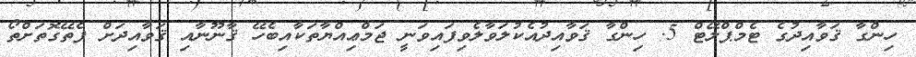
ހިންގާ ޤަވާއިދުގެ ޓެމްޕްލޭޓް 5. ހިންގާ ޤަވާއިދުއެކުލަވާލެވިފައިވަނީ ޖަމްޢިއްޔާތަކާއިބެހޭ ޤާނޫނާއި ޤަވާއިދަށް ފެތޭގޮތަށްތޯ